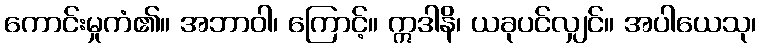
ကောင်းမှုကံ၏။ အဘာဝါ၊ ကြောင့်။ ဣဒါနိ၊ ယခုပင်လျှင်။ အပါယေသု၊